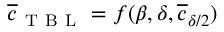
\overline { { c } } _ { \mathrm { ~ T ~ B ~ L ~ } } = f ( \beta , \delta , \overline { { c } } _ { \delta / 2 } )